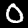
Label: 0